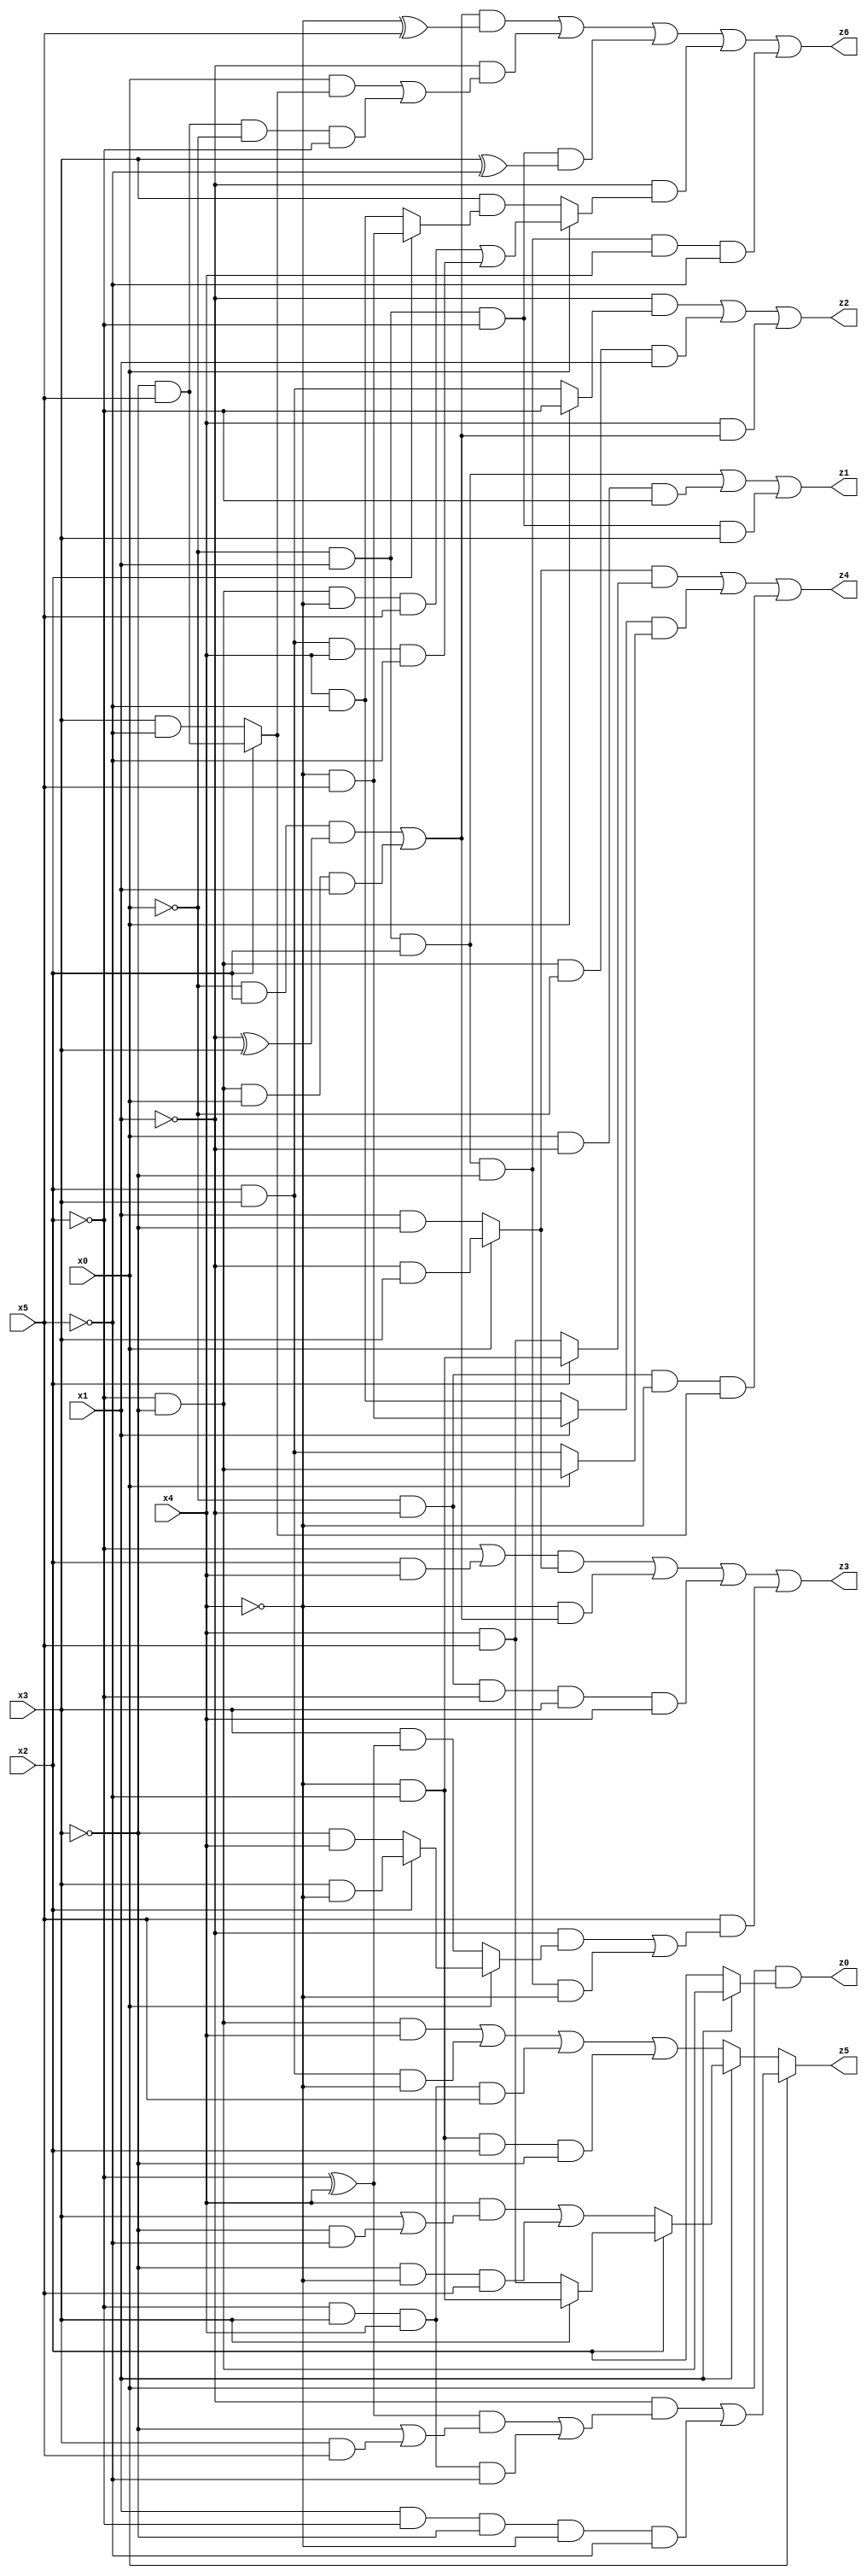
// Benchmark "quot_res" written by ABC on Tue Jul 11 01:01:50 2023

module quot_res ( 
    x0, x1, x2, x3, x4, x5,
    z0, z1, z2, z3, z4, z5, z6  );
  input  x0, x1, x2, x3, x4, x5;
  output z0, z1, z2, z3, z4, z5, z6;
  assign z0 = x0 & (x1 ? (~x2 & ~x3) : x2);
  assign z1 = (~x0 & x1 & x2) | (x0 & ~x1 & ~x2) | (~x0 & x1 & ~x2 & x3);
  assign z2 = (~x1 & (x0 ? ~x2 : (x2 & x3))) | (~x2 & ~x3 & ~x0 & x1) | (x4 & ((~x0 & x2 & (~x1 ^ x3)) | (~x2 & ~x3 & x0 & x1)));
  assign z3 = ((~x2 | (x2 & x4)) & (x0 ? (~x1 & x3) : (x1 & ~x3))) | (~x4 & ((~x0 & x2 & (~x1 ^ x3)) | (~x2 & ~x3 & x0 & x1))) | (~x0 & ~x1 & ~x2 & x3 & x4) | (x5 & ((~x1 & (x0 ? (x2 ? (x3 & ~x4) : (~x3 & x4)) : (x3 & (~x2 ^ x4)))) | (~x0 & x1 & x2 & ~x3 & ~x4)));
  assign z4 = ((x0 ? (~x1 & x3) : (x1 & ~x3)) & (x2 ? (~x4 & ~x5) : (x4 & x5))) | ((x1 ? (~x4 & x5) : (x4 & ~x5)) & (x0 ? (~x2 & ~x3) : (x2 & x3))) | (~x0 & ~x1 & ~x4 & (x2 ? (~x3 & x5) : (x3 & ~x5)));
  assign z5 = x0 ? ((~x1 & (((~x2 ^ x4) & (~x3 | (x3 & x5))) | (~x2 & x3 & x4 & ~x5))) | (x1 & ~x2 & ~x3 & ~x4 & ~x5)) : (x1 ? (x2 ? (x3 ? (~x4 & ~x5) : (x4 & x5)) : ((x4 & (x3 | (~x3 & ~x5))) | (~x3 & ~x4 & x5))) : ((~x2 & ~x3 & x4) | (x2 & x3 & ~x4) | (~x2 & x3 & x4 & x5) | (~x4 & ~x5 & x2 & ~x3)));
  assign z6 = (((~x0 & x2 & (~x1 ^ x3)) | (~x2 & ~x3 & x0 & x1)) & (~x4 ^ x5)) | (~x1 & ((x0 & (x2 ? (~x3 & x5) : (x3 & ~x5))) | (~x3 & x5 & ~x0 & ~x2))) | (~x0 & x1 & ~x2 & (x3 ^ ~x5)) | (~x1 & (x0 ? ((~x2 & ~x3 & ~x4 & x5) | (x2 & x3 & x4 & ~x5)) : (x3 & (x2 ? (~x4 & x5) : (x4 & ~x5))))) | (~x0 & x1 & x2 & ~x3 & x4 & ~x5);
endmodule